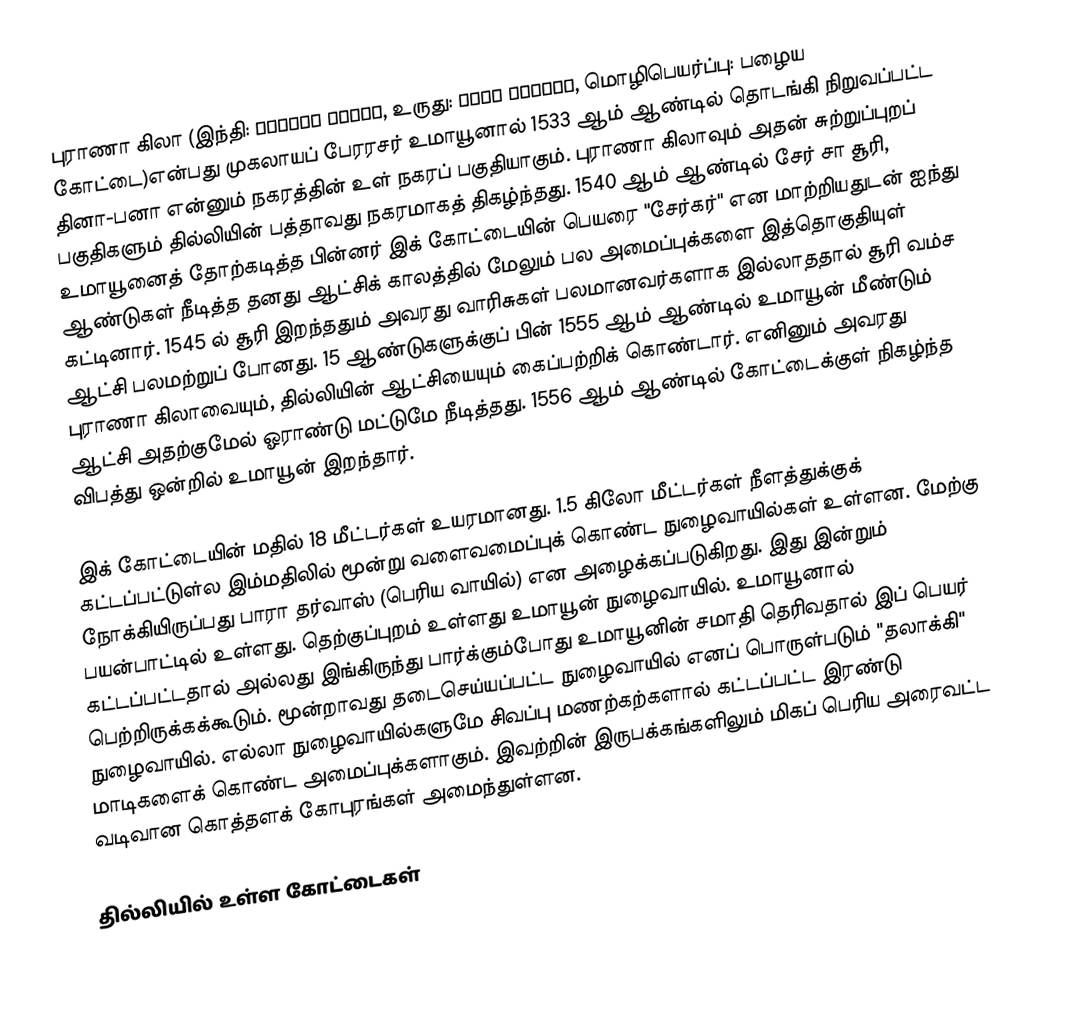
புராணா கிலா (இந்தி: पुराना क़िला, உருது: پُرانا قلعہ, மொழிபெயர்ப்பு: பழைய கோட்டை)என்பது முகலாயப் பேரரசர் உமாயூனால் 1533 ஆம் ஆண்டில் தொடங்கி நிறுவப்பட்ட தினா-பனா என்னும் நகரத்தின் உள் நகரப் பகுதியாகும். புராணா கிலாவும் அதன் சுற்றுப்புறப் பகுதிகளும் தில்லியின் பத்தாவது நகரமாகத் திகழ்ந்தது. 1540 ஆம் ஆண்டில் சேர் சா சூரி, உமாயூனைத் தோற்கடித்த பின்னர் இக் கோட்டையின் பெயரை "சேர்கர்" என மாற்றியதுடன் ஐந்து ஆண்டுகள் நீடித்த தனது ஆட்சிக் காலத்தில் மேலும் பல அமைப்புக்களை இத்தொகுதியுள் கட்டினார். 1545 ல் சூரி இறந்ததும் அவரது வாரிசுகள் பலமானவர்களாக இல்லாததால் சூரி வம்ச ஆட்சி பலமற்றுப் போனது. 15 ஆண்டுகளுக்குப் பின் 1555 ஆம் ஆண்டில் உமாயூன் மீண்டும் புராணா கிலாவையும், தில்லியின் ஆட்சியையும் கைப்பற்றிக் கொண்டார். எனினும் அவரது ஆட்சி அதற்குமேல் ஓராண்டு மட்டுமே நீடித்தது. 1556 ஆம் ஆண்டில் கோட்டைக்குள் நிகழ்ந்த விபத்து ஒன்றில் உமாயூன் இறந்தார்.

இக் கோட்டையின் மதில் 18 மீட்டர்கள் உயரமானது. 1.5 கிலோ மீட்டர்கள் நீளத்துக்குக் கட்டப்பட்டுள்ல இம்மதிலில் மூன்று வளைவமைப்புக் கொண்ட நுழைவாயில்கள் உள்ளன. மேற்கு நோக்கியிருப்பது பாரா தர்வாஸ் (பெரிய வாயில்) என அழைக்கப்படுகிறது. இது இன்றும் பயன்பாட்டில் உள்ளது. தெற்குப்புறம் உள்ளது உமாயூன் நுழைவாயில். உமாயூனால் கட்டப்பட்டதால் அல்லது இங்கிருந்து பார்க்கும்போது உமாயூனின் சமாதி தெரிவதால் இப் பெயர் பெற்றிருக்கக்கூடும். மூன்றாவது தடைசெய்யப்பட்ட நுழைவாயில் எனப் பொருள்படும் "தலாக்கி" நுழைவாயில். எல்லா நுழைவாயில்களுமே சிவப்பு மணற்கற்களால் கட்டப்பட்ட இரண்டு மாடிகளைக் கொண்ட அமைப்புக்களாகும். இவற்றின் இருபக்கங்களிலும் மிகப் பெரிய அரைவட்ட வடிவான கொத்தளக் கோபுரங்கள் அமைந்துள்ளன.

தில்லியில் உள்ள கோட்டைகள்